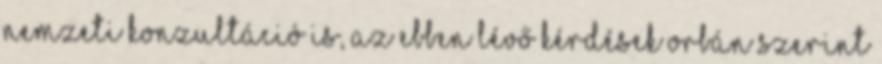
nemzeti konzultáció is, az ebben lévő kérdések Orbán szerint